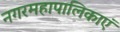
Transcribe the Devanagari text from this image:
नगरमहापालिकाएं